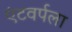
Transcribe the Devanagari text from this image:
एंटवर्पला